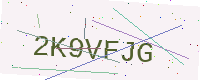
Text: 2K9VFJG